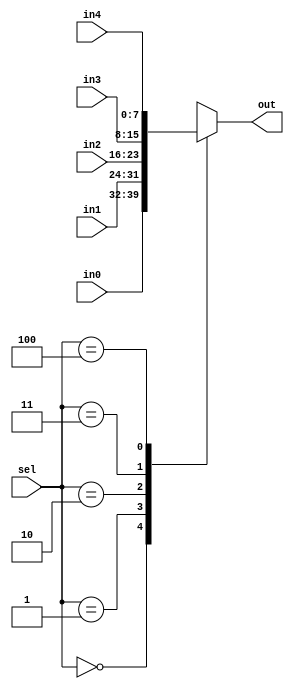
module Mux_5_1 (output reg [7:0] out, input [7:0] in0, in1, in2, in3, in4, input [2:0] sel);
    always @(in0 or in1 or in2 or in3 or in4 or sel)
    case(sel)
        3'b000 : out = in0;
        3'b001 : out = in1;
        3'b010 : out = in2;
        3'b011 : out = in3;
        3'b100 : out = in4;
        default : out = 'bx;
    endcase
endmodule

module Mux_5_1_tb;
    reg [7:0] in0, in1, in2, in3, in4;
    reg [2:0] sel;
    wire[7:0] out;
    Mux_5_1 Test_Mux (out, in0, in1, in2, in3, in4, sel);
    initial begin
        in0 = 0; in1 = 31; in2 = 63; in3 = 127; in4 = 255;
        #5 sel = 0;
        #5 sel = 1;
        #5 sel = 2;
        #5 sel = 3;
        #5 sel = 4;
    end
endmodule